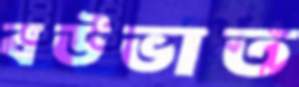
বউভাত